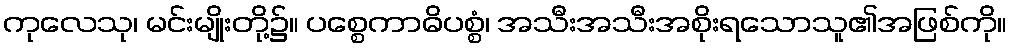
ကုလေသု၊ မင်းမျိုးတို့၌။ ပစ္စေကာဓိပစ္စံ၊ အသီးအသီးအစိုးရသောသူ၏အဖြစ်ကို။